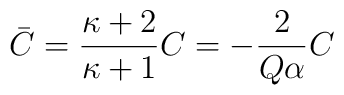
\bar{C} = \frac{\kappa + 2}{\kappa + 1}C = -\frac{2}{Q\alpha} C